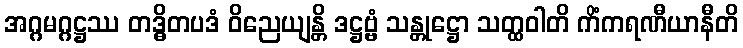
အဂ္ဂမဂ္ဂဋ္ဌဿ တဒ္ဓိတပဒံ ဝိညေယျန္တိ ဒဋ္ဌဗ္ဗံ သန္တုဋ္ဌော သတ္ထဝါတိ ကိံကရဏီယာနီတိ